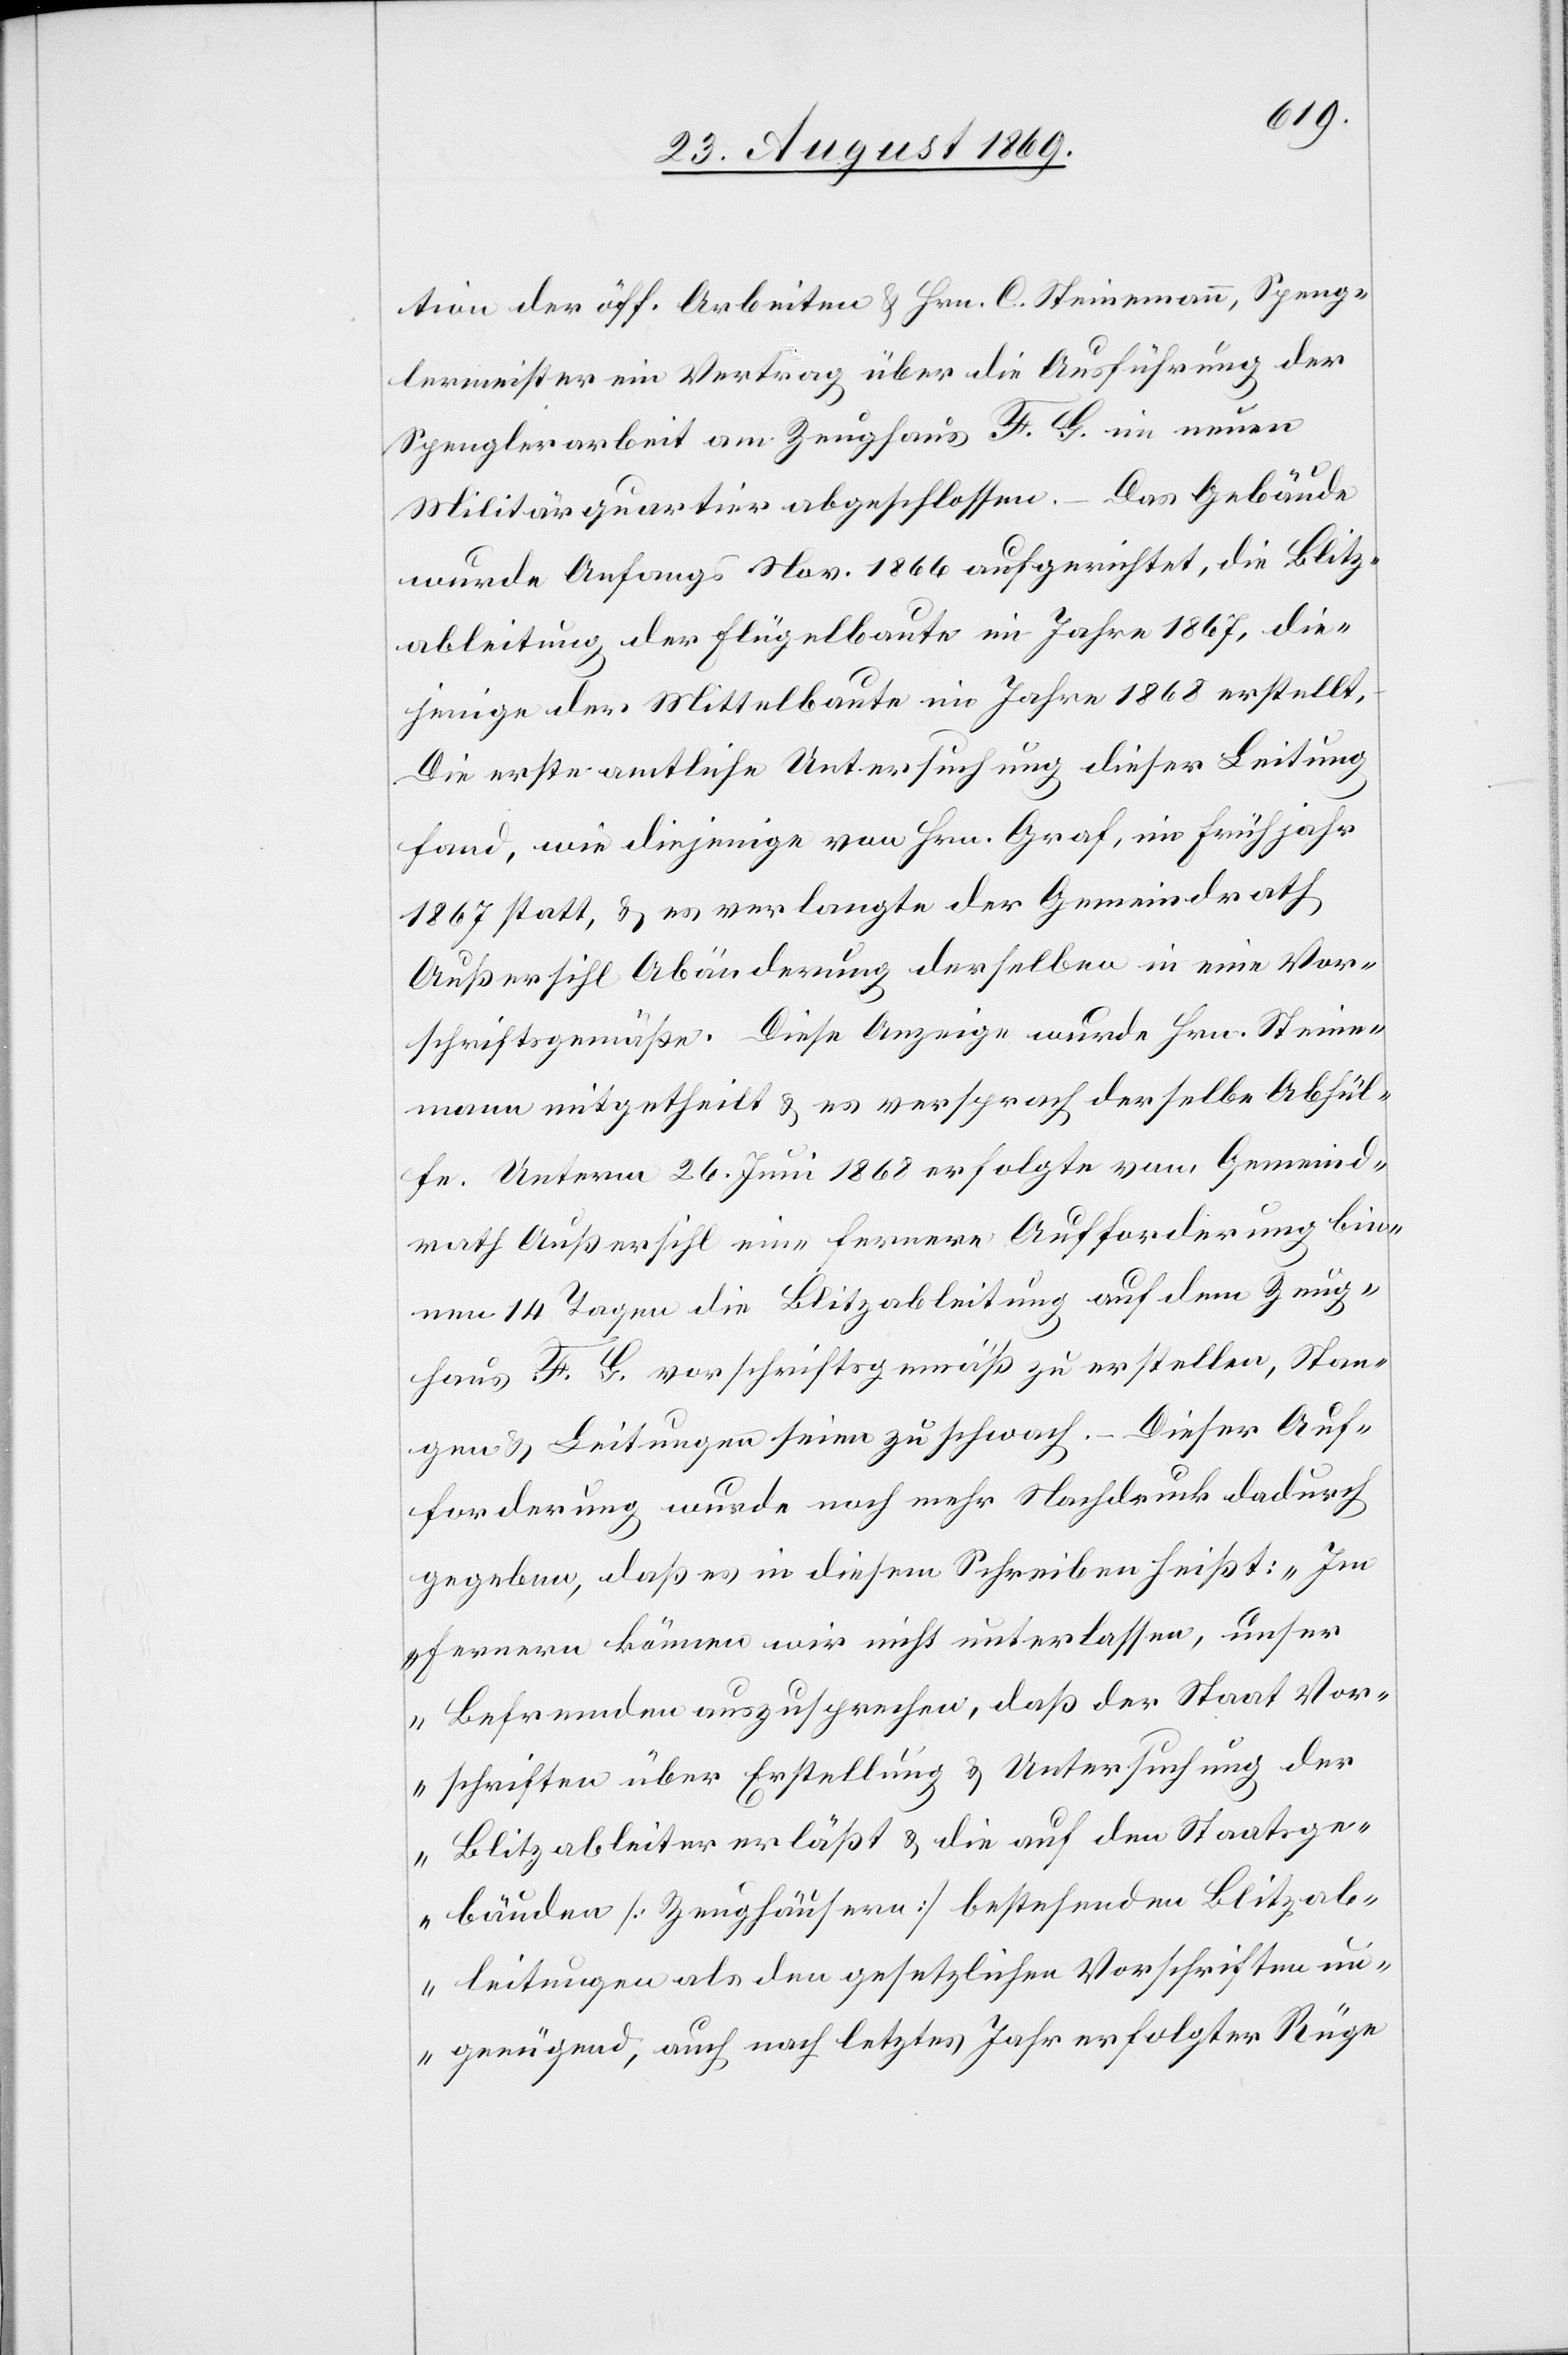
tion der öff. Arbeiten & Hrn. C. Steinemann, Speng¬
lermeister ein Vertrag über die Ausführung der
Spenglerarbeit am Zeughaus F. G. im neuen
Militärquartier abgeschlossen. – Das Gebäude
wurde Anfangs Nov. 1866 aufgerichtet, die Blitz¬
ableitung der Flügelbaute im Jahre 1867, die¬
jenige der Mittelbaute im Jahre 1868 erstellt.
Die erste amtliche Untersuchung dieser Leitung
fand, wie diejenige von Hrn. Graf, im Frühjahr
1867 statt, & es verlangte der Gemeindrath
Außersihl Abänderung derselben in eine Vor¬
schriftsgemäße. Diese Anzeige wurde Hrn. Steine¬
mann mitgetheilt & es versprach derselbe Abhül¬
fe. Unterm 26. Juni 1868 erfolgte vom Gemeind¬
rath Außersihl eine fernere Aufforderung bin¬
nen 14 Tagen die Blitzableitung auf dem Zeug¬
haus F. G. vorschriftsgemäß zu erstellen, Stan¬
gen & Leitungen seien zu schwach. – Dieser Auf¬
forderung wurde noch mehr Nachdruck dadurch
gegeben, daß es in diesem Schreiben heißt: „ Im
Fernern können wir nicht unterlassen, unser
Befremden auszusprechen, daß der Staat Vor¬
schriften über Erstellung & Untersuchung der
Blitzableiter erläßt & die auf den Staatsge¬
bäuden [Zeughäusern] bestehenden Blitzab¬
leitungen als den gesetzlichen Vorschriften un¬
genügend, auch nach letztes Jahr erfolgter Rüge